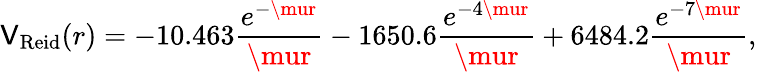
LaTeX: \mathsf{V}_{\mathrm{{Reid}}}(r)=-10.463{\frac{{e^{-\mur}}}{{\mur}}}-1650.6{\frac{{e^{-4\mur}}}{{\mur}}}+6484.2{\frac{{e^{-7\mur}}}{{\mur}}},